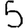
Digit: 5